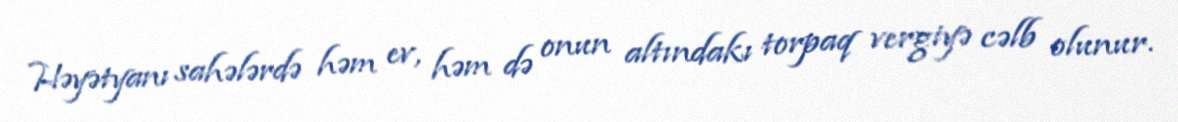
Həyətyanı sahələrdə həm ev, həm də onun altındakı torpaq vergiyə cəlb olunur.